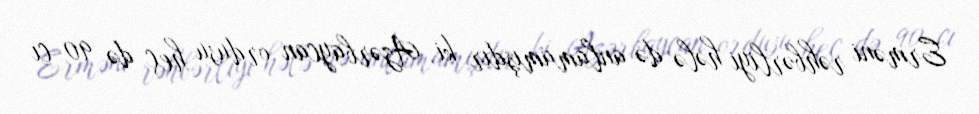
Erməni rəhbərliyi hələ də anlamamışdır ki, Azərbaycan ordusu heç də 90-cı